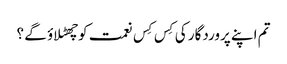
تم اپنے پروردگار کی کِس کِس نعمت کوچھٹلاؤ گے ؟